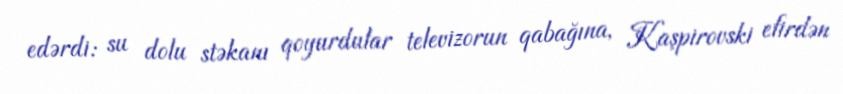
edərdi: su dolu stəkanı qoyurdular televizorun qabağına, Kaşpirovski efirdən